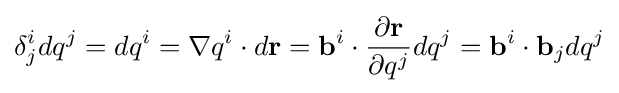
\delta _{j}^{i}dq^{j}=dq^{i}=\nabla q^{i}\cdot d\mathbf {r} =\mathbf {b} ^{i}\cdot {\dfrac {\partial \mathbf {r} }{\partial q^{j}}}dq^{j}=\mathbf {b} ^{i}\cdot \mathbf {b} _{j}dq^{j}